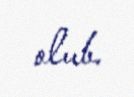
olub.